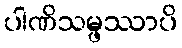
ပါဏိသမ္ဖဿာပိ